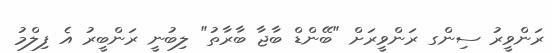
ރަންވީރު ސިންގ ރަންވީރަށް "ބޭންޑް ބާޖާ ބާރާތު" ލިބުނީ ރަންބީރު އެ ފިލްމު